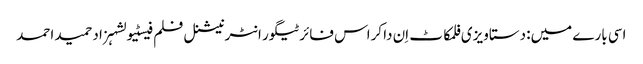
اسی بارے میں: دستاویزی فلمکاٹ اِن دا کراس فائرٹیگور انٹرنیشنل فلم فیسٹیولشہزاد حمید احمد